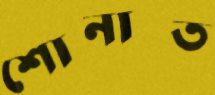
শোনাত